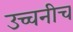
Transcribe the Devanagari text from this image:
उच्चनीच